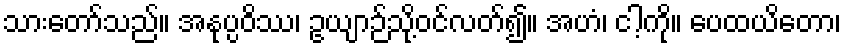
သားတော်သည်။ အနုပ္ပဝိဿ၊ ဥယျာဉ်သို့ဝင်လတ်၍။ အဟံ၊ ငါ့ကို။ ပေထယိတော၊